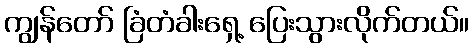
ကျွန်တော် ခြံတံခါးရှေ့ ပြေးသွားလိုက်တယ်။